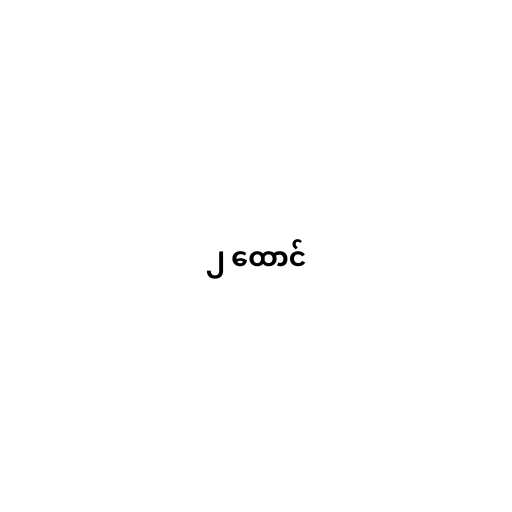
၂ ထောင်